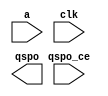
module dmg_72_e9661fc0e9eb3e90(
  a,
  clk,
  qspo_ce,
  qspo
);

input [6 : 0] a;
input clk;
input qspo_ce;
output [24 : 0] qspo;

// synthesis translate_off

  DIST_MEM_GEN_V7_2 #(
    .C_ADDR_WIDTH(7),
    .C_DEFAULT_DATA("0"),
    .C_DEPTH(128),
    .C_FAMILY("kintex7"),
    .C_HAS_CLK(1),
    .C_HAS_D(0),
    .C_HAS_DPO(0),
    .C_HAS_DPRA(0),
    .C_HAS_I_CE(0),
    .C_HAS_QDPO(0),
    .C_HAS_QDPO_CE(0),
    .C_HAS_QDPO_CLK(0),
    .C_HAS_QDPO_RST(0),
    .C_HAS_QDPO_SRST(0),
    .C_HAS_QSPO(1),
    .C_HAS_QSPO_CE(1),
    .C_HAS_QSPO_RST(0),
    .C_HAS_QSPO_SRST(0),
    .C_HAS_SPO(0),
    .C_HAS_SPRA(0),
    .C_HAS_WE(0),
    .C_MEM_INIT_FILE("dmg_72_e9661fc0e9eb3e90.mif"),
    .C_MEM_TYPE(0),
    .C_PARSER_TYPE(1),
    .C_PIPELINE_STAGES(0),
    .C_QCE_JOINED(0),
    .C_QUALIFY_WE(0),
    .C_READ_MIF(1),
    .C_REG_A_D_INPUTS(0),
    .C_REG_DPRA_INPUT(0),
    .C_SYNC_ENABLE(1),
    .C_WIDTH(25)
  )
  inst (
    .A(a),
    .CLK(clk),
    .QSPO_CE(qspo_ce),
    .QSPO(qspo),
    .D(),
    .DPRA(),
    .SPRA(),
    .WE(),
    .I_CE(),
    .QDPO_CE(),
    .QDPO_CLK(),
    .QSPO_RST(),
    .QDPO_RST(),
    .QSPO_SRST(),
    .QDPO_SRST(),
    .SPO(),
    .DPO(),
    .QDPO()
  );

// synthesis translate_on

endmodule